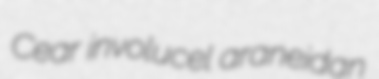
Cear involucel araneidan